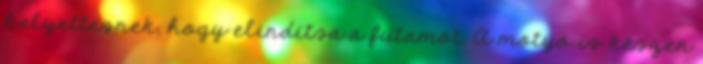
helyettesnek, hogy elindítsa a futamot. A motyó is készen